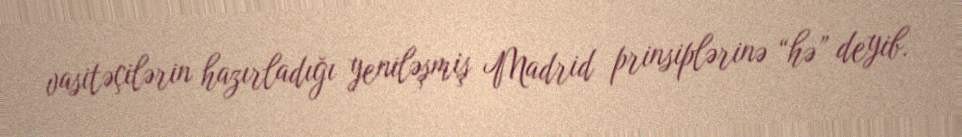
vasitəçilərin hazırladığı yeniləşmiş Madrid prinsiplərinə “hə” deyib.